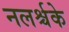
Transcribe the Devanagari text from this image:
नलर्श्चके